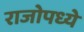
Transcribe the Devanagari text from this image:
राजोपध्ये